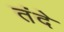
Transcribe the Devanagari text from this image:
तंदे